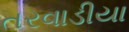
તરવાડીયા